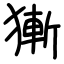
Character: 獑